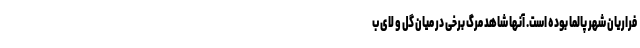
فراریان شهر پالما بوده است. آنها شاهد مرگ برخی در میان گل و لای ب